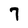
Character: 7